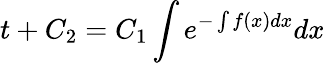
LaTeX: t+C_{2}=C_{1}\int e^{-\int f(x)dx}dx